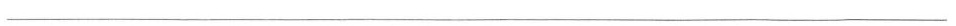
___